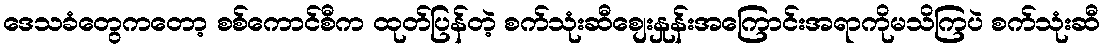
ဒေသခံတွေကတော့ စစ်ကောင်စီက ထုတ်ပြန်တဲ့ စက်သုံးဆီစျေးနှုန်းအကြောင်းအရာကိုမသိကြပဲ စက်သုံးဆီ